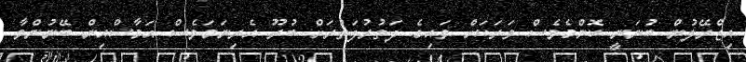
އިޒްރޭލުން ބުނަނީ ކޮންމެވެސް ވަރަކަށް ވައިގެ ދަތުރުފަތުރަށް ބުރޫ އެރިނަމަވެސް ޙަމާސްއިން ބޭނުންވާ